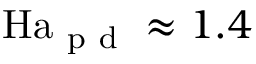
\mathrm { H a } _ { \mathrm { ~ p ~ d ~ } } \approx 1 . 4